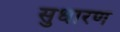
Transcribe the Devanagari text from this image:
सुधारण